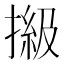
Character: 𢲩